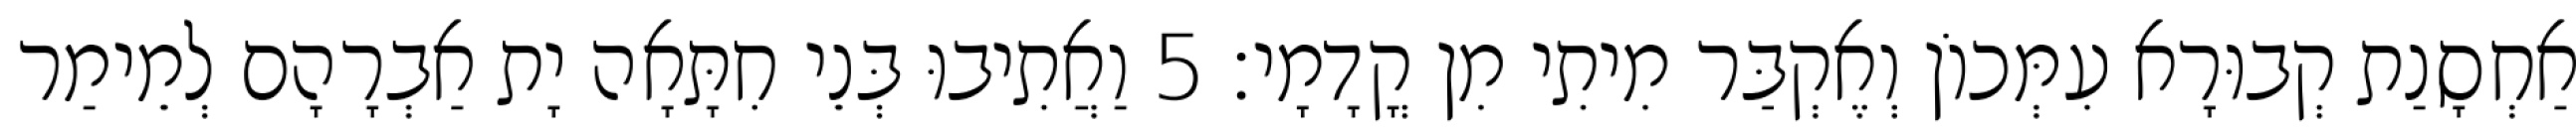
אַחְסָנַת קְבוּרָא עִמְּכוֹן וְאֶקְבַּר מִיתִי מִן קֳדָמָי׃ 5 וַאֲתִיבוּ בְּנֵי חִתָּאָה יָת אַבְרָהָם לְמֵימַר